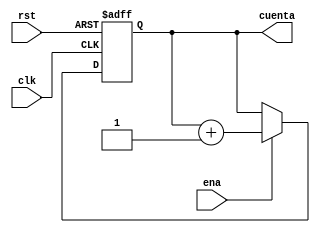
`timescale 1ns / 1ps

//////////////////////////////////////////////////////////////////////////////////
module Conta6b(rst, clk, ena, cuenta);

//Contador normal de largo variable, en este caso, 6 bits


parameter LARGO = 6;
input rst, clk, ena;
output reg [LARGO - 1:0]cuenta;

always @(negedge clk, posedge rst)
	if(rst)
		cuenta = 0;
	else if (ena)
		cuenta = cuenta + 1;
	else
		cuenta = cuenta;
	
	
endmodule